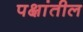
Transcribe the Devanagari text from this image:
पक्षांतील